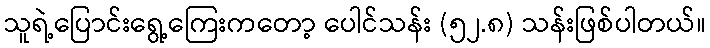
သူရဲ့ပြောင်းရွေ့ကြေးကတော့ ပေါင်သန်း (၅၂.၈) သန်းဖြစ်ပါတယ်။